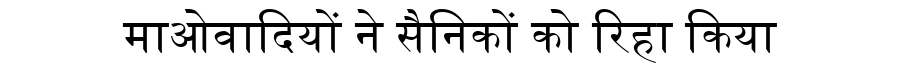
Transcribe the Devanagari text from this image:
माओवादियों ने सैनिकों को रिहा किया